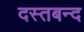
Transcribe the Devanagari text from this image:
दस्तबन्द